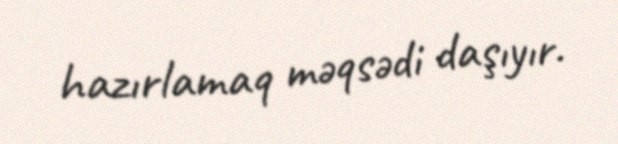
hazırlamaq məqsədi daşıyır.